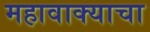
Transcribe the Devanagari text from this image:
महावाक्याचा